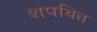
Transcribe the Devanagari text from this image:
शपथित